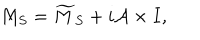
LaTeX: M _ { S } = \widetilde { M } _ { S } + i { \cal A } \times I ,